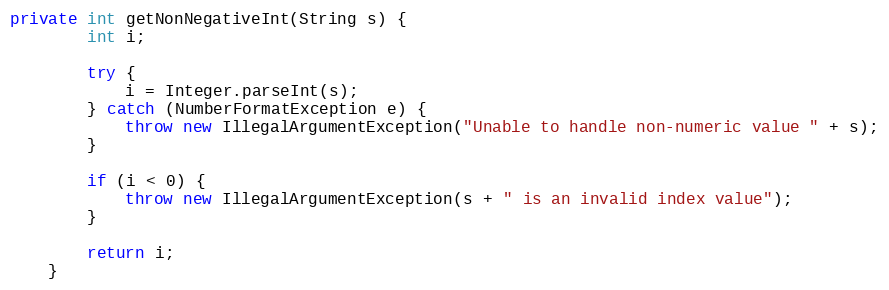
Language: Java
private int getNonNegativeInt(String s) {
        int i;

        try {
            i = Integer.parseInt(s);
        } catch (NumberFormatException e) {
            throw new IllegalArgumentException("Unable to handle non-numeric value " + s);
        }

        if (i < 0) {
            throw new IllegalArgumentException(s + " is an invalid index value");
        }

        return i;
    }